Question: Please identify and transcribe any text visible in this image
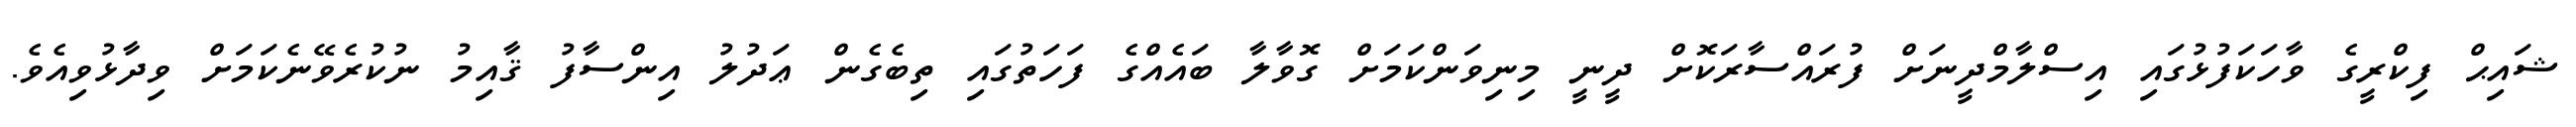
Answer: ޝައިޙް ފިކްރީގެ ވާހަކަފުޅުގައި އިސްލާމްދީނަށް ފުރައްސާރަކޮށް ދީނީ މިނިވަންކަމަށް ގޮވާލާ ބައެއްގެ ފަހަތުގައި ތިބެގެން ޢަދުލު އިންސާފު ޤާއިމު ނުކުރެވޭނެކަމަށް ވިދާޅުވިއެވެ.